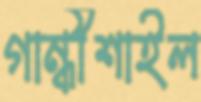
গান্ধীশাইল